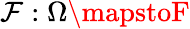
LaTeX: \mathcal{F}:\Omega\mapstoF